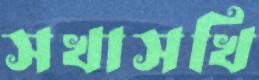
সখাসখি